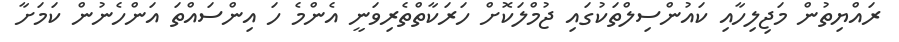
ރައްޔިތުން މަޖިލިހާއި ކައުންސިލްތަކުގައި ޖުމްލަކޮށް ހަރަކާތްތެރިވަނީ އެންމެ ހަ އިންސައްތަ އަންހެނުން ކަމަށާ